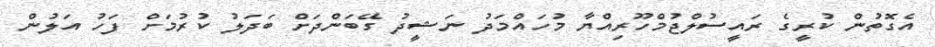
އެގޮތުން ކުރީގެ ރައީސުލްޖުމްހޫރިއްޔާ މުހައްމަދު ނަޝީދު ގޭބަންދަށް ބަދަލު ކުރުމަށް ފަހު އަލުން